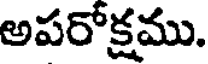
అపరోక్షము.